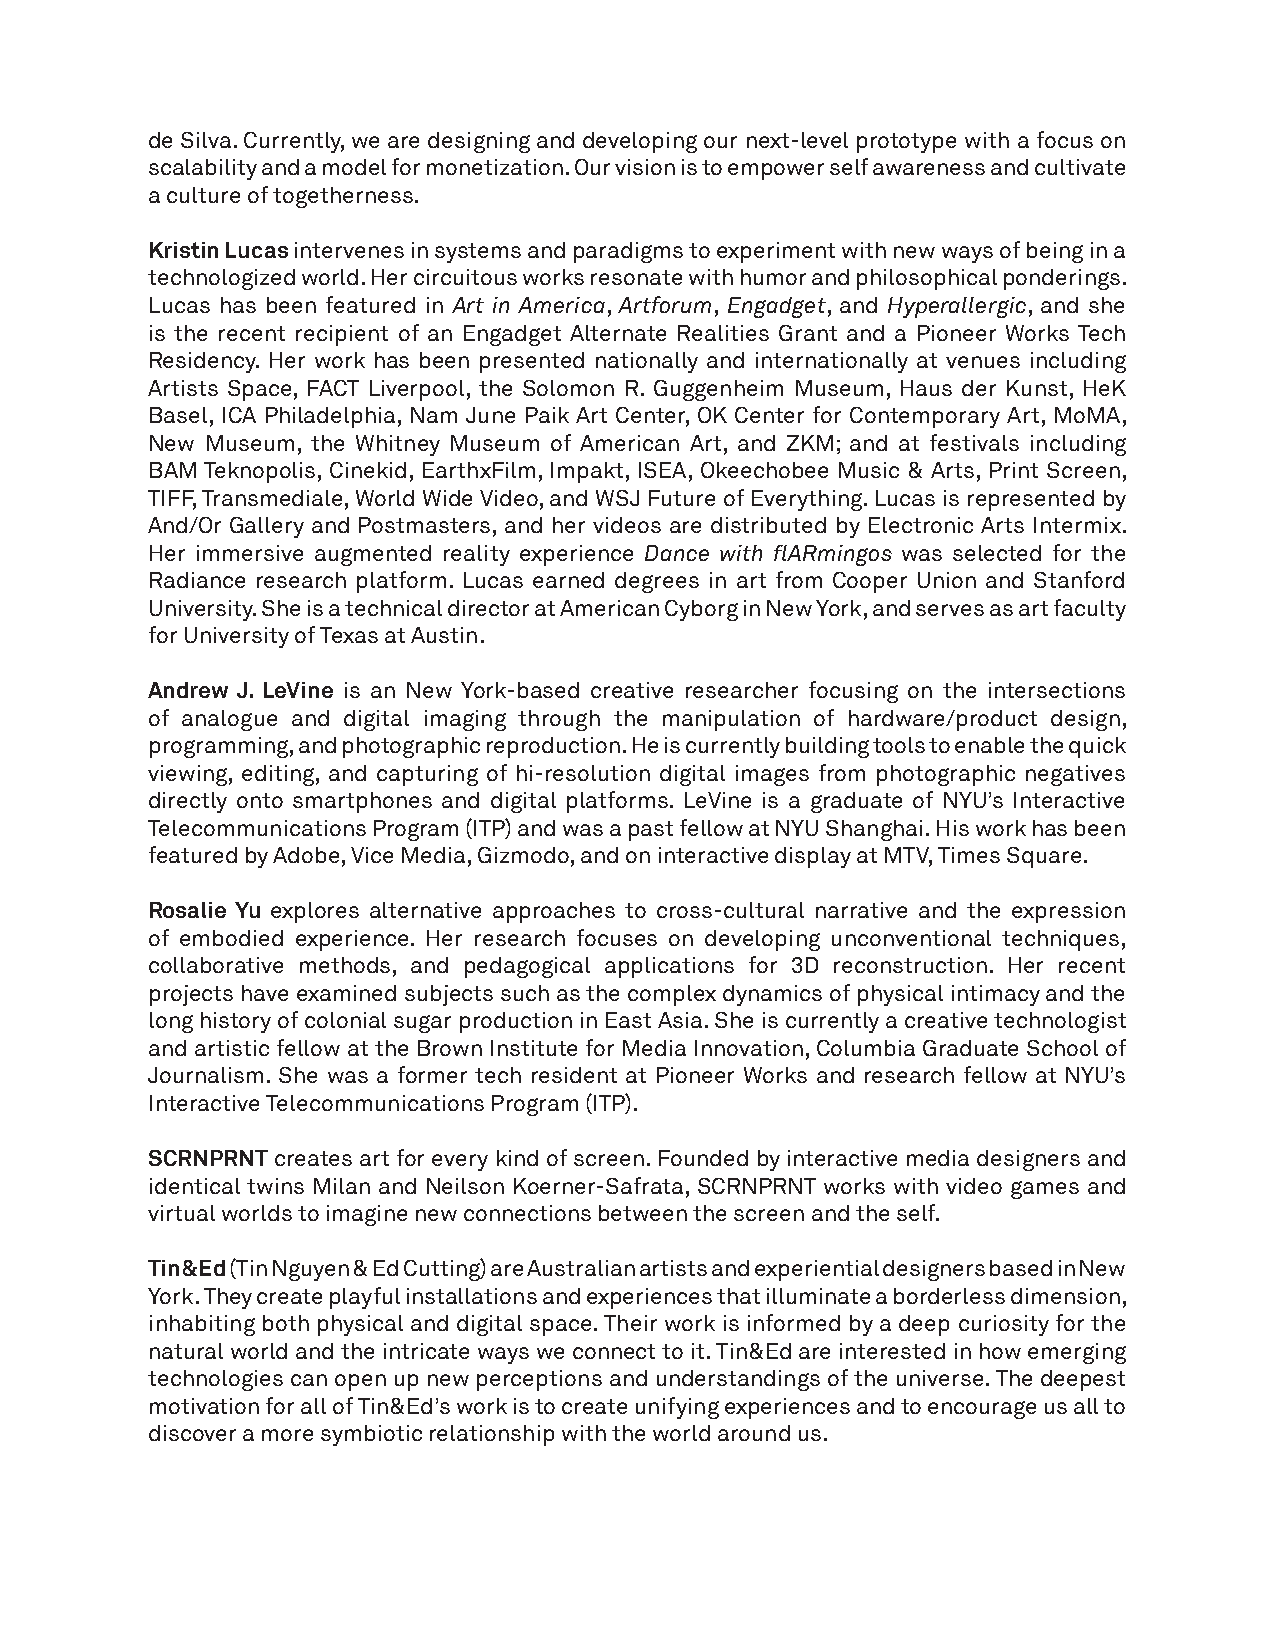
de Silva. Currently, we are designing and developing our next-level prototype with a focus on
 scalability and a model for monetization. Our vision is to empower self awareness and cultivate
 a culture of togetherness.
 Kristin Lucas intervenes in systems and paradigms to experiment with new ways of being in a
 technologized world. Her circuitous works resonate with humor and philosophical ponderings.
 Lucas has been featured in Art in America, Artforum, Engadget, and Hyperallergic, and she
 is the recent recipient of an Engadget Alternate Realities Grant and a Pioneer Works Tech
 Residency. Her work has been presented nationally and internationally at venues including
 Artists Space, FACT Liverpool, the Solomon R. Guggenheim Museum, Haus der Kunst, HeK
 Basel, ICA Philadelphia, Nam June Paik Art Center, OK Center for Contemporary Art, MoMA,
 New Museum, the Whitney Museum of American Art, and ZKM; and at festivals including
 BAM Teknopolis, Cinekid, EarthxFilm, Impakt, ISEA, Okeechobee Music & Arts, Print Screen,
 TIFF, Transmediale, World Wide Video, and WSJ Future of Everything. Lucas is represented by
 And/Or Gallery and Postmasters, and her videos are distributed by Electronic Arts Intermix.
 Her immersive augmented reality experience Dance with flARmingos was selected for the
 Radiance research platform. Lucas earned degrees in art from Cooper Union and Stanford
 University. She is a technical director at American Cyborg in New York, and serves as art faculty
 for University of Texas at Austin.
 Andrew J. LeVine is an New York-based creative researcher focusing on the intersections
 of analogue and digital imaging through the manipulation of hardware/product design,
 programming, and photographic reproduction. He is currently building tools to enable the quick
 viewing, editing, and capturing of hi-resolution digital images from photographic negatives
 directly onto smartphones and digital platforms. LeVine is a graduate of NYU’s Interactive
 Telecommunications Program (ITP) and was a past fellow at NYU Shanghai. His work has been
 featured by Adobe, Vice Media, Gizmodo, and on interactive display at MTV, Times Square.
 Rosalie Yu explores alternative approaches to cross-cultural narrative and the expression
 of embodied experience. Her research focuses on developing unconventional techniques,
 collaborative methods, and pedagogical applications for 3D reconstruction. Her recent
 projects have examined subjects such as the complex dynamics of physical intimacy and the
 long history of colonial sugar production in East Asia. She is currently a creative technologist
 and artistic fellow at the Brown Institute for Media Innovation, Columbia Graduate School of
 Journalism. She was a former tech resident at Pioneer Works and research fellow at NYU’s
 Interactive Telecommunications Program (ITP).
 SCRNPRNT creates art for every kind of screen. Founded by interactive media designers and
 identical twins Milan and Neilson Koerner-Safrata, SCRNPRNT works with video games and
 virtual worlds to imagine new connections between the screen and the self.
 Tin&Ed (Tin Nguyen & Ed Cutting) are Australian artists and experiential designers based in New
 York. They create playful installations and experiences that illuminate a borderless dimension,
 inhabiting both physical and digital space. Their work is informed by a deep curiosity for the
 natural world and the intricate ways we connect to it. Tin&Ed are interested in how emerging
 technologies can open up new perceptions and understandings of the universe. The deepest
 motivation for all of Tin&Ed’s work is to create unifying experiences and to encourage us all to
 discover a more symbiotic relationship with the world around us.